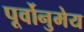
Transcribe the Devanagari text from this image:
पूर्वोनुमेय